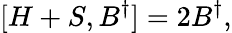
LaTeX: [H+S,B^{\dagger}]=2B^{\dagger},